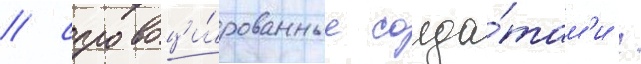
/ спровоци́рованные солда́там'и /